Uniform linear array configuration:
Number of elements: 16
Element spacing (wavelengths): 1
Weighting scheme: uniform
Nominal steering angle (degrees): -45
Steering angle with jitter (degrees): -43.043
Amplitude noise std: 0.05
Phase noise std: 0.05

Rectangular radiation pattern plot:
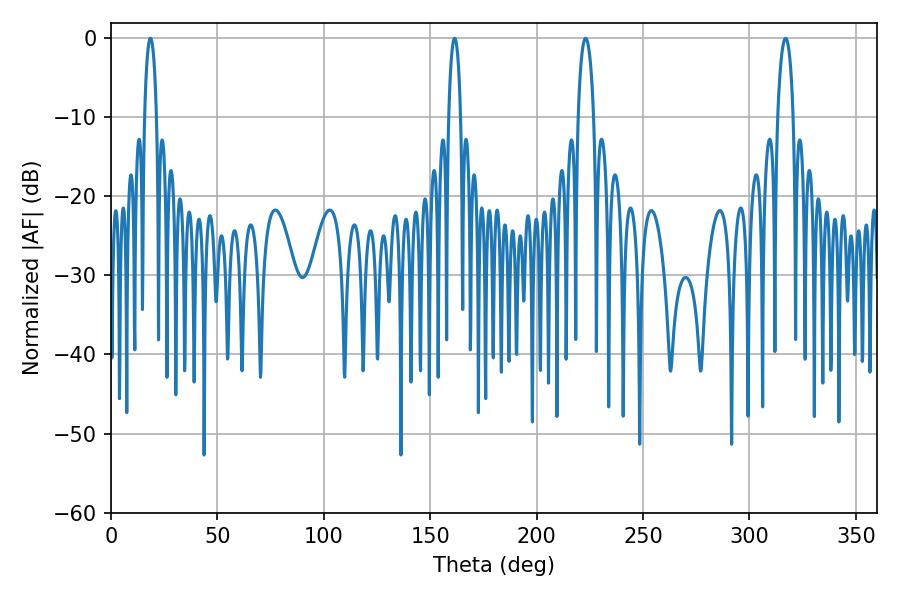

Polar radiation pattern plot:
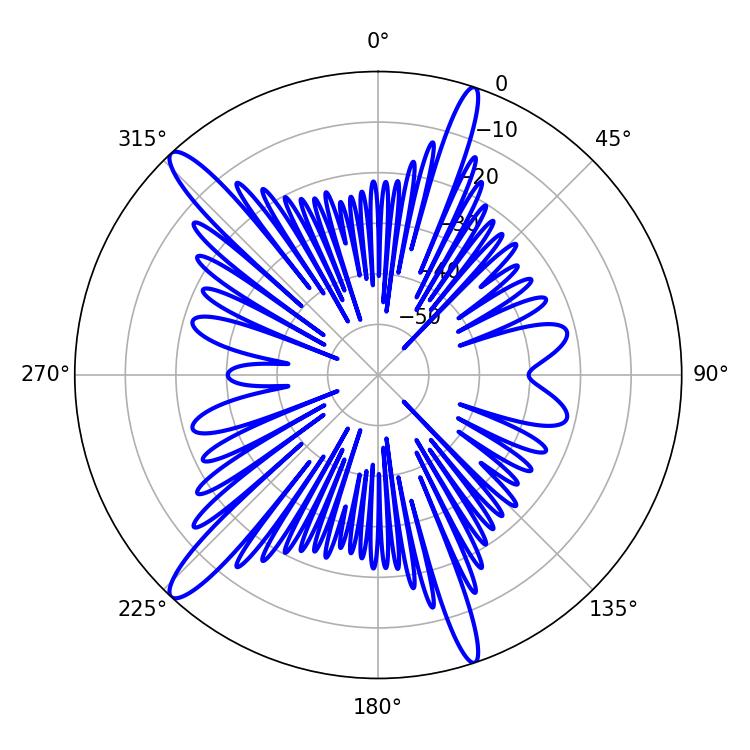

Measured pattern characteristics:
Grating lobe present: TRUE
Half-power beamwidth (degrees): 4.14
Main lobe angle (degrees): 223.02